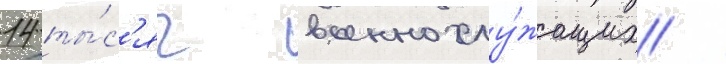
14 ты́с'яч военнослу́жащих /